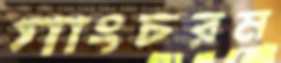
গাংচরম